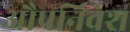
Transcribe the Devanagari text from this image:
औपनिवेश